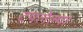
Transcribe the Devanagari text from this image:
टपलेल्या